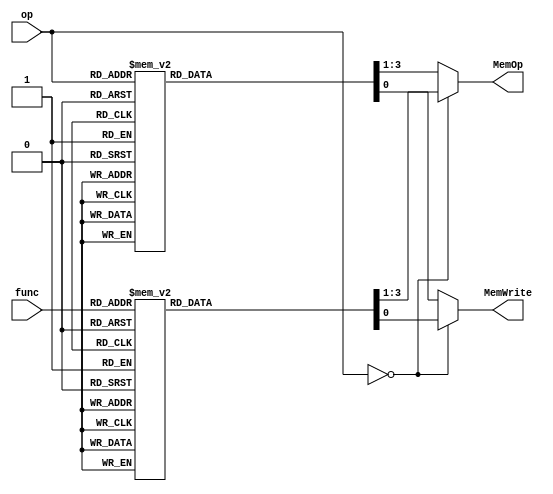
`timescale 1ns / 1ps
//////////////////////////////////////////////////////////////////////////////////
// Company: 
// Engineer: 
// 
// Design Name: 
// Module Name:    CTRL_MEM 
// Project Name: 
// Target Devices: 
// Tool versions: 
// Description: 
//
// Dependencies: 
//
// Revision: 
// Revision 0.01 - File Created
// Additional Comments: 
//
//////////////////////////////////////////////////////////////////////////////////
module CTRL_MEM(
    input [5:0] op,
    input [5:0] func,
    output reg MemWrite,
    output reg [2:0] MemOp
    );
	 
	 	 parameter addu_func = 6'b100001,
				  subu_func = 6'b100011,
				  jr_func = 6'b001000,
				  jalr_func = 6'b001001,
				  movz_func =6'b001010,
				  add_func = 6'b100000,
				  sub_func = 6'b100010,
				  and_func = 6'b100100,
				  or_func = 6'b100101,
				  xor_func = 6'b100110,
				  nor_func = 6'b100111,
				  sll_func = 6'b000000,
				  srl_func = 6'b000010,
				  sra_func = 6'b000011,
				  sllv_func = 6'b000100,
				  srlv_func = 6'b000110,
				  srav_func = 6'b000111,
				  slt_func = 6'b101010,
				  sltu_func = 6'b101011,
				  ori = 6'b001101,
				  lw  = 6'b100011,
				  sw = 6'b101011,
				  beq = 6'b000100,
				  bne = 6'b000101,
				  bgtz = 6'b000111,
				  blez = 6'b000110,
				  lui = 6'b001111,
				  slti = 6'b001010,
				  sltiu = 6'b001011,
				  addi = 6'b001000,
				  addiu = 6'b001001,
				  andi = 6'b001100,
				  xori = 6'b001110,
				  j = 6'b000010,
				  jal = 6'b000011,
				  lb = 6'b100000,
				  lbu = 6'b100100,
				  lh = 6'b100001,
				  lhu = 6'b100101,
				  sb = 6'b101000,
				  sh = 6'b101001;
				  
	 always @(op or func) begin
		if(op==6'b000000) begin
			case(func)
				addu_func:begin
					MemWrite=0;
					MemOp=3'b000;
				end
				subu_func:begin
					MemWrite=0;
					MemOp=3'b000;
				end
				add_func:begin
					MemWrite=0;
					MemOp=3'b000;
				end
				sub_func:begin
					MemWrite=0;
					MemOp=3'b000;
				end
				and_func:begin
					MemWrite=0;
					MemOp=3'b000;
				end
				or_func:begin
					MemWrite=0;
					MemOp=3'b000;
				end
				xor_func:begin
					MemWrite=0;
					MemOp=3'b000;
				end
				nor_func:begin
					MemWrite=0;
					MemOp=3'b000;
				end
				sll_func:begin
					MemWrite=0;
					MemOp=3'b000;
				end
				srl_func:begin
					MemWrite=0;
					MemOp=3'b000;
				end
				sra_func:begin
					MemWrite=0;
					MemOp=3'b000;
				end
				sllv_func:begin
					MemWrite=0;
					MemOp=3'b000;
				end
				srlv_func:begin
					MemWrite=0;
					MemOp=3'b000;
				end
				srav_func:begin
					MemWrite=0;
					MemOp=3'b000;
				end
				slt_func:begin
					MemWrite=0;
					MemOp=3'b000;
				end
				sltu_func:begin
					MemWrite=0;
					MemOp=3'b000;
				end
				jr_func:begin
					MemWrite=0;
					MemOp=3'b000;
				end
				jalr_func:begin
					MemWrite=0;
					MemOp=3'b000;
				end
				movz_func:begin
					MemWrite=0;
					MemOp=3'b000;
				end
				default:begin
					MemWrite=0;
					MemOp=3'b000;
				end
			endcase
		end
		else begin
			case(op)
				ori:begin
					MemWrite=0;
					MemOp=3'b000;
				end
				addi:begin
					MemWrite=0;
					MemOp=3'b000;
				end
				addiu:begin
					MemWrite=0;
					MemOp=3'b000;
				end
				andi:begin
					MemWrite=0;
					MemOp=3'b000;
				end
				xori:begin
					MemWrite=0;
					MemOp=3'b000;
				end
				slti:begin
					MemWrite=0;
					MemOp=3'b000;
				end
				sltiu:begin
					MemWrite=0;
					MemOp=3'b000;
				end
				lw:begin
					MemWrite=0;
					MemOp=3'b000;
				end
				lb:begin
					MemWrite=0;
					MemOp=3'b011;
				end
				lbu:begin
					MemWrite=0;
					MemOp=3'b100;
				end
				lh:begin
					MemWrite=0;
					MemOp=3'b001;
				end
				lhu:begin
					MemWrite=0;
					MemOp=3'b010;
				end
				sw:begin
					MemWrite=1;
					MemOp=3'b000;
				end
				sb:begin
					MemWrite=1;
					MemOp=3'b011;
				end
				sh:begin
					MemWrite=1;
					MemOp=3'b001;
				end
				beq:begin
					MemWrite=0;
					MemOp=3'b000;
				end
				bne:begin
					MemWrite=0;
					MemOp=3'b000;
				end
				bgtz:begin
					MemWrite=0;
					MemOp=3'b000;
				end
				blez:begin
					MemWrite=0;
					MemOp=3'b000;
				end
				lui:begin
					MemWrite=0;
					MemOp=3'b000;
				end
				j:begin
					MemWrite=0;
					MemOp=3'b000;
				end
				jal:begin
					MemWrite=0;
					MemOp=3'b000;
				end
				default:begin
					MemWrite=0;
					MemOp=3'b000;
				end
			endcase
		end
	 end



endmodule